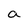
Character: a